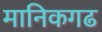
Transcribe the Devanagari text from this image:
मानिकगढ